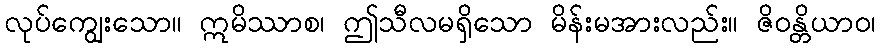
လုပ်ကျွေးသော။ ဣမိဿာစ၊ ဤသီလမရှိသော မိန်းမအားလည်း။ ဇိဝန္တိယာဝ၊